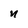
Character: n